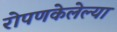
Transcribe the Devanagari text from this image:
रोपणकेलेल्या